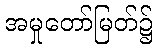
အမှုတော်မြတ်၌